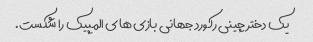
یک دختر چینی رکورد جهانی بازی های المپیک را شکست.